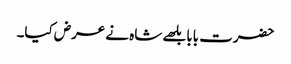
حضرت بابا بلھے شاہ نے عرض کیا۔